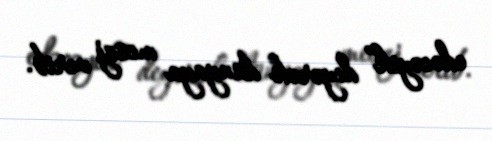
edəcəyik” deyərək dünyaya mesaj verib.